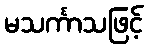
မသင်္ကာသဖြင့်